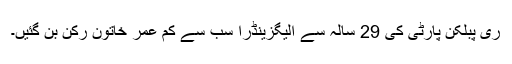
ری پبلکن پارٹی کی 29 سالہ سے الیگزینڈرا سب سے کم عمر خاتون رکن بن گئیں۔